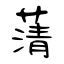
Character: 蔳